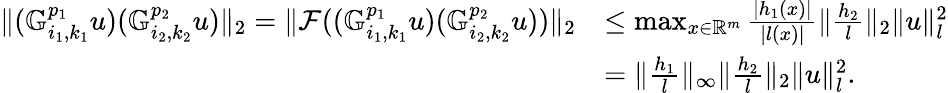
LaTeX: \begin{array}{rl}{\| (\mathbb{G}_{i_{1},k_{1}}^{p_{1}}u)(\mathbb{G}_{i_{2},k_{2}}^{p_{2}}u)\| _{2}=\| \mathcal{F}((\mathbb{G}_{i_{1},k_{1}}^{p_{1}}u)(\mathbb{G}_{i_{2},k_{2}}^{p_{2}}u))\| _{2}}&{\leq\operatorname*{max}_{x\in\mathbb{R}^{m}}\frac{|h_{1}(x)|}{|l(x)|}\| \frac{h_{2}}{l}\| _{2}\| u\| _{l}^{2}}\\ &{=\| \frac{h_{1}}{l}\| _{\infty}\| \frac{h_{2}}{l}\| _{2}\| u\| _{l}^{2}.}\end{array}